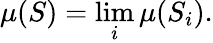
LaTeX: \mu(S)=\operatorname*{lim}_{i}\mu(S_{i}).